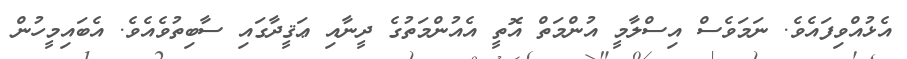
އެޅުއްވިފައެވެ. ނަމަވެސް އިސްލާމީ އުންމަތް އޮތީ އެއުންމަތުގެ ދީނާއި ޢަޤީދާގައި ސާބިތުވެއެވެ. އެބައިމީހުން